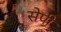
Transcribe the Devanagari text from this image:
सेपी